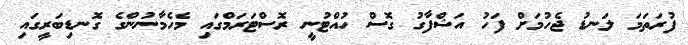
ފުރަތަމަ ލަނޑު ޖެހުމަށް ފަހު އަޝްފާގު ގޮސް ހުއްޓުނީ ރޮސްޓަރަމްގައި މެހެމާނުންގެ ގޮނޑިބަރީގައި